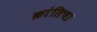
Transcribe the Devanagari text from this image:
क्रांतिचा